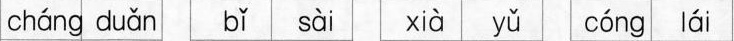
cháng duǎn bǐ sài xià yǔ cóng lái